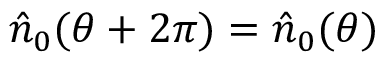
\hat { n } _ { 0 } ( \theta + 2 \pi ) = \hat { n } _ { 0 } ( \theta )